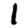
Digit: 1